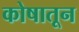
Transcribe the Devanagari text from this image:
कोषातून